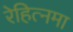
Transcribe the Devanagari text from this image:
रेहित्नमा